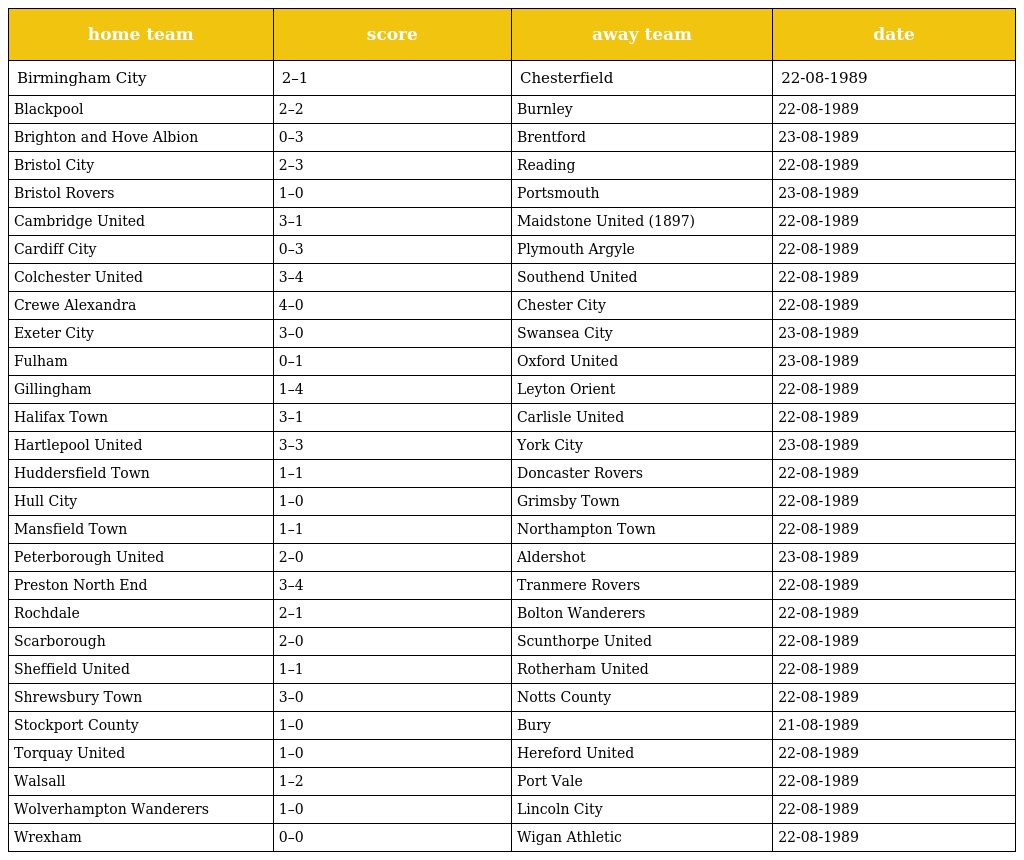
| home team | score | away team | date |
 | --- | --- | --- | --- |
 | Birmingham City | 2–1 | Chesterfield | 22-08-1989 |
 | Blackpool | 2–2 | Burnley | 22-08-1989 |
 | Brighton and Hove Albion | 0–3 | Brentford | 23-08-1989 |
 | Bristol City | 2–3 | Reading | 22-08-1989 |
 | Bristol Rovers | 1–0 | Portsmouth | 23-08-1989 |
 | Cambridge United | 3–1 | Maidstone United (1897) | 22-08-1989 |
 | Cardiff City | 0–3 | Plymouth Argyle | 22-08-1989 |
 | Colchester United | 3–4 | Southend United | 22-08-1989 |
 | Crewe Alexandra | 4–0 | Chester City | 22-08-1989 |
 | Exeter City | 3–0 | Swansea City | 23-08-1989 |
 | Fulham | 0–1 | Oxford United | 23-08-1989 |
 | Gillingham | 1–4 | Leyton Orient | 22-08-1989 |
 | Halifax Town | 3–1 | Carlisle United | 22-08-1989 |
 | Hartlepool United | 3–3 | York City | 23-08-1989 |
 | Huddersfield Town | 1–1 | Doncaster Rovers | 22-08-1989 |
 | Hull City | 1–0 | Grimsby Town | 22-08-1989 |
 | Mansfield Town | 1–1 | Northampton Town | 22-08-1989 |
 | Peterborough United | 2–0 | Aldershot | 23-08-1989 |
 | Preston North End | 3–4 | Tranmere Rovers | 22-08-1989 |
 | Rochdale | 2–1 | Bolton Wanderers | 22-08-1989 |
 | Scarborough | 2–0 | Scunthorpe United | 22-08-1989 |
 | Sheffield United | 1–1 | Rotherham United | 22-08-1989 |
 | Shrewsbury Town | 3–0 | Notts County | 22-08-1989 |
 | Stockport County | 1–0 | Bury | 21-08-1989 |
 | Torquay United | 1–0 | Hereford United | 22-08-1989 |
 | Walsall | 1–2 | Port Vale | 22-08-1989 |
 | Wolverhampton Wanderers | 1–0 | Lincoln City | 22-08-1989 |
 | Wrexham | 0–0 | Wigan Athletic | 22-08-1989 |